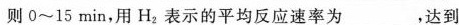
则0~15min，用H_{2}表示的平均反应速率为___，达到